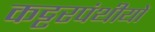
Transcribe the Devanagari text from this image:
कट्टरपंथीयों